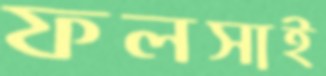
ফলসাই